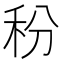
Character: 秎